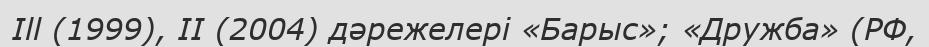
Ill (1999), II (2004) дәрежелері «Барыс»; «Дружба» (РФ,